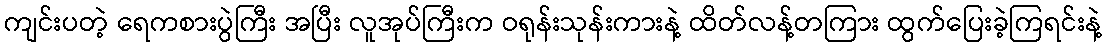
ကျင်းပတဲ့ ရေကစားပွဲကြီး အပြီး လူအုပ်ကြီးက ဝရုန်းသုန်းကားနဲ့ ထိတ်လန့်တကြား ထွက်ပြေးခဲ့ကြရင်းနဲ့